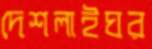
দেশলাইঘর